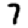
Digit: 7